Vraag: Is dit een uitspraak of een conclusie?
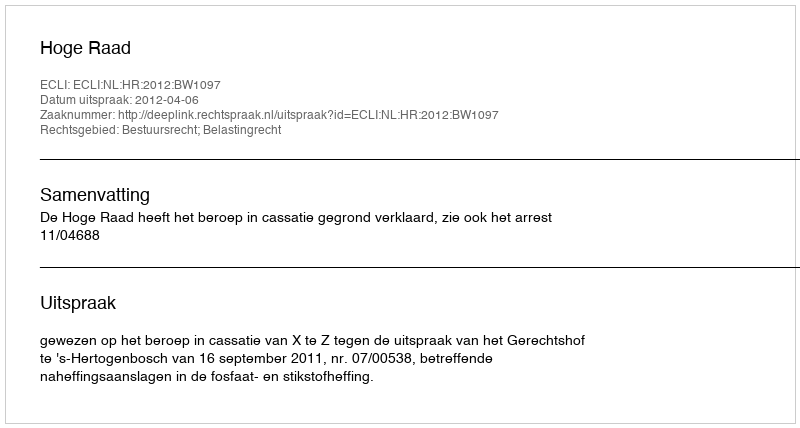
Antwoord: Uitspraak